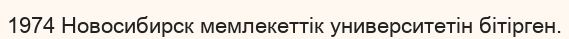
1974 Новосибирск мемлекеттік университетін бітірген.